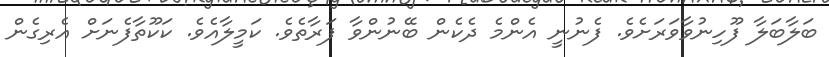
ބަލާބަލާ ފޫހިނުވާވަރަށެވެ. ފެނުނީ އެންމެ ދެކެން ބޭނުންވާ ފަރާތެވެ. ކަމީލާއެވެ. ކަކޫތާފެނަށް އެރިގެން